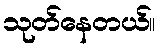
သုတ်နေတယ်။